Lunatic asylums Bombay report 1891-1903 - 1891-1903
Year: 1891
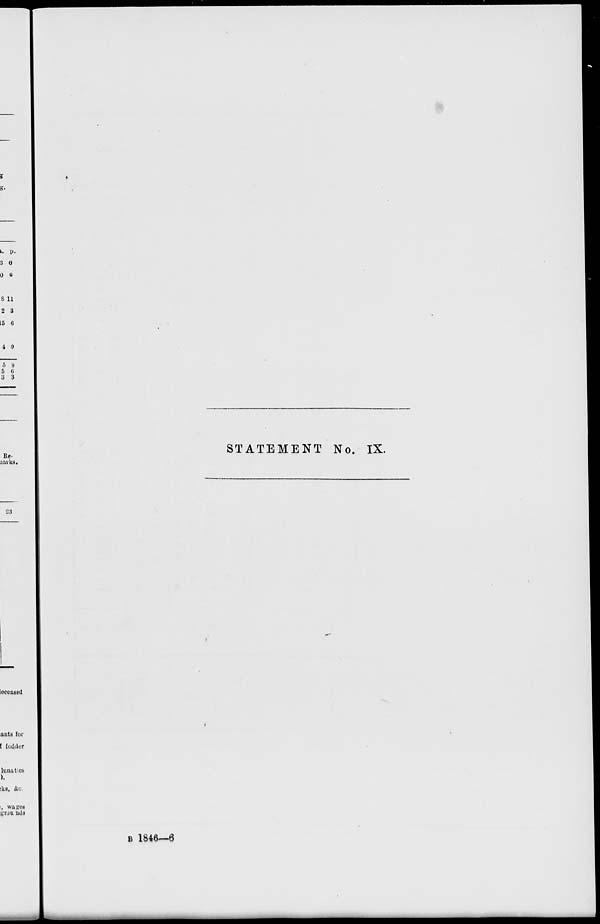
STATEMENT No. IX.
B 1846—6